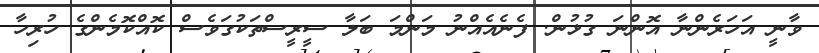
ވާނީ އަހަރެންނާ އޮންނަ ގުޅުން. ފެނެއެއްނު މަންމަ ބަލާ ސީރީސްތަކުގަވެސް ކޮއްކޮމެންގެ ހުރިހާ